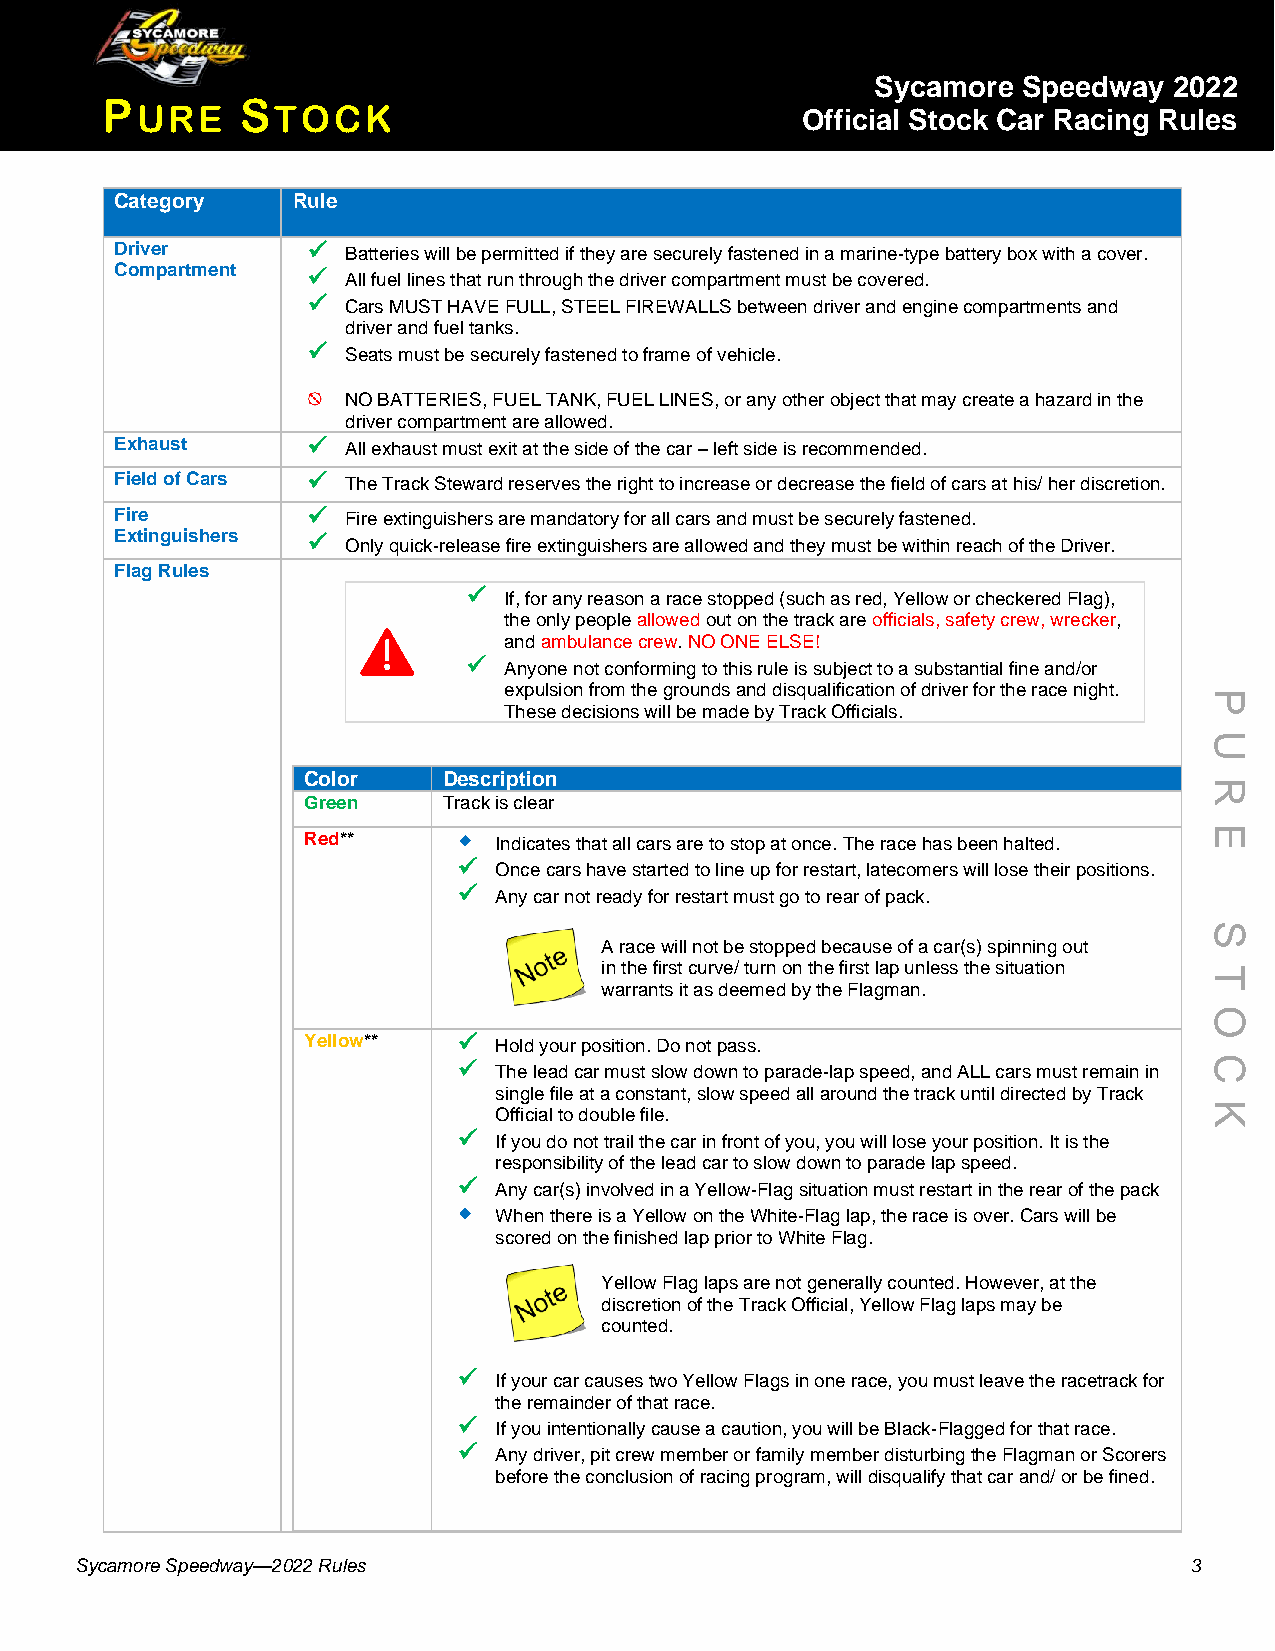
Sycamore  Speedway  2022
 P        S
 URE      TOCK                               Official Stock Car Racing Rules
 Category   Rule
 Driver      ✓  Batteries will be permitted if they are securely fastened in a marine-type battery box with a cover.
 Compartment ✓  All fuel lines that run through the driver compartment must be covered.
 ✓  Cars MUST HAVE FULL, STEEL FIREWALLS between driver and engine compartments and
 driver and fuel tanks.
 ✓  Seats must be securely fastened to frame of vehicle.
 NO BATTERIES, FUEL TANK, FUEL LINES, or any other object that may create a hazard in the
 driver compartment are allowed.
 Exhaust     ✓  All exhaust must exit at the side of the car – left side is recommended.
 Field of Cars ✓ The Track Steward reserves the right to increase or decrease the field of cars at his/ her discretion.
 Fire        ✓  Fire extinguishers are mandatory for all cars and must be securely fastened.
 Extinguishers ✓ Only quick-release fire extinguishers are allowed and they must be within reach of the Driver.
 Flag Rules
 ✓ If, for any reason a race stopped (such as red, Yellow or checkered Flag),
 the only people allowed out on the track are officials, safety crew, wrecker,
 and ambulance crew. NO ONE ELSE!
 ✓ Anyone not conforming to this rule is subject to a substantial fine and/or
 expulsion from the grounds and disqualification of driver for the race night.
 P
 These decisions will be made by Track Officials.
 U
 Color    Description
 R
 Green    Track is clear
 E
 Red**       Indicates that all cars are to stop at once. The race has been halted.
 ✓  Once cars have started to line up for restart, latecomers will lose their positions.
 ✓  Any car not ready for restart must go to rear of pack.
 S
 A race will not be stopped because of a car(s) spinning out
 in the first curve/ turn on the first lap unless the situation T
 warrants it as deemed by the Flagman.
 O
 Yellow**  ✓  Hold your position. Do not pass.
 ✓  The lead car must slow down to parade-lap speed, and ALL cars must remain in C
 single file at a constant, slow speed all around the track until directed by Track
 K
 Official to double file.
 ✓  If you do not trail the car in front of you, you will lose your position. It is the
 responsibility of the lead car to slow down to parade lap speed.
 ✓  Any car(s) involved in a Yellow-Flag situation must restart in the rear of the pack
   When there is a Yellow on the White-Flag lap, the race is over. Cars will be
 scored on the finished lap prior to White Flag.
 Yellow Flag laps are not generally counted. However, at the
 discretion of the Track Official, Yellow Flag laps may be
 counted.
 ✓  If your car causes two Yellow Flags in one race, you must leave the racetrack for
 the remainder of that race.
 ✓  If you intentionally cause a caution, you will be Black-Flagged for that race.
 ✓  Any driver, pit crew member or family member disturbing the Flagman or Scorers
 before the conclusion of racing program, will disqualify that car and/ or be fined.
 Sycamore Speedway—2022 Rules                                              3